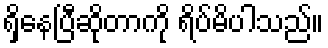
ရှိနေပြီဆိုတာကို ရိပ်မိပါသည်။